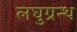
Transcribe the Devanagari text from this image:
लघुग्रन्थ